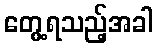
တွေ့ရသည့်အခါ